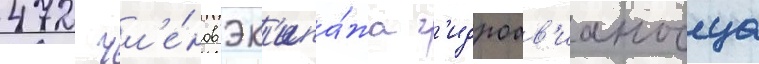
472 чл'е́нов эк'ипа́жа г'идроав'ианосца